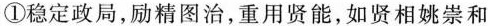
①稳定政局，励精图治，重用贤能，如贤相姚崇和